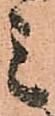
ミ